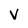
Character: V